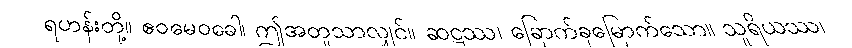
ရဟန်းတို့။ ဧဝမေဝခေါ၊ ဤအတူသာလျှင်။ ဆဋ္ဌဿ၊ ခြောက်ခုမြောက်သော။ သူရိယဿ၊